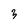
Character: 3